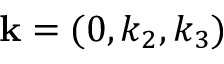
{ \bf k } = ( 0 , k _ { 2 } , k _ { 3 } )